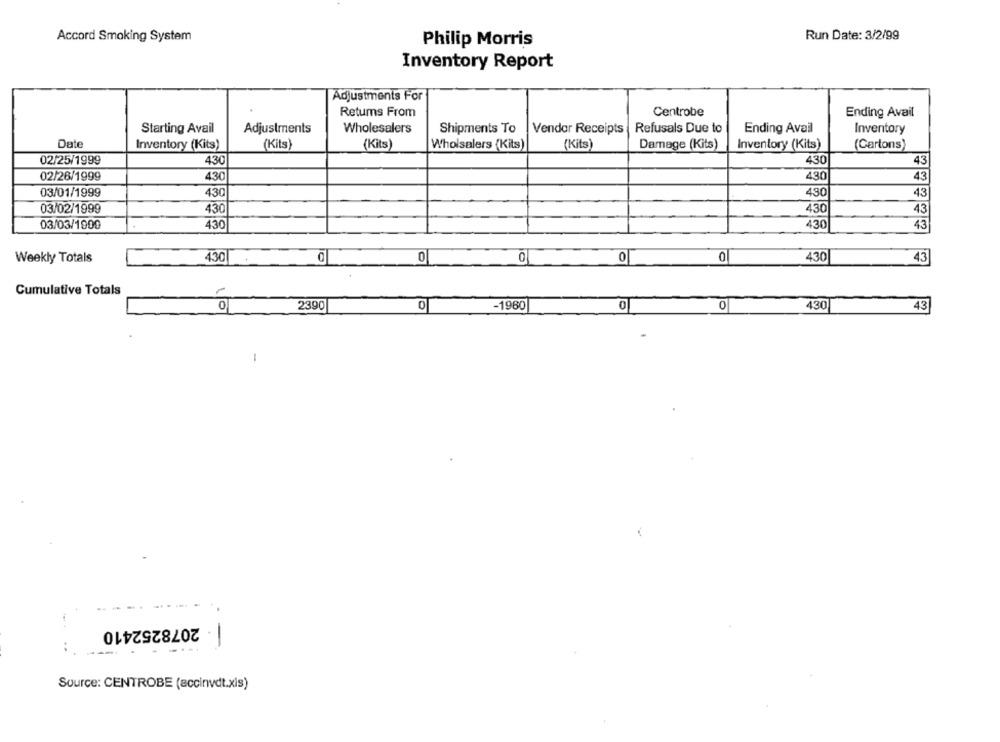
Accord Smoking System
Run Date: 3/2/99
Philip Morris
Inventory Report
Adjustments For
Retums From
Centrobe
Ending Avail
Starting Avail
Adjustments
Wholesalers
Shipments To
Vendar Receipts
Refusals Due to
Ending Avail
Inventory
Date
Inventory (Kits)
(Kits)
(Kits)
Wholsalers (Kits)
(Kits)
Damage (Kits)
Inventory (Kits)
(Cartons)
02/25/1999
430
430
43
02/26/1999
430
430
43
03/01/1999
430
430
43
03/02/1999
430
430
43
03/03/1900
430
430
43
Weekly Totals
430
0
0
0
0
430
43
Cumulative Totals
0
2390
0
-1960
0
0
430
43
-
. 2078252410
-
..
Source: CENTROBE (accinvdt.xls)